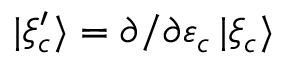
| \xi _ { c } ^ { \prime } \rangle = \partial / \partial \varepsilon _ { c } \, | \xi _ { c } \rangle